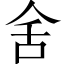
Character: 舍